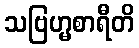
သဗြဟ္မစာရီတိ